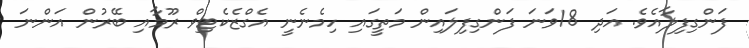
ފަންގިފިލާއެވެ. އަދި 18ވަނަ ފަންގިފިލައިން މަތީގައި ހިމެނެނީ އެގްޒެކެޓިވް ރޫމާއި ބޭރުން އަންނަ